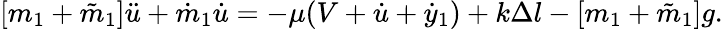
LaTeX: [m_{1}+\tilde{m}_{1}]\ddot{u}+\dot{m}_{1}\dot{u}=-\mu(V+\dot{u}+\dot{y}_{1})+k\Delta l-[m_{1}+\tilde{m}_{1}]g.